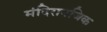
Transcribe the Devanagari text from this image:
मंदिरानजिक